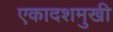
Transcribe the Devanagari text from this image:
एकादशमुखी